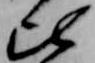
比